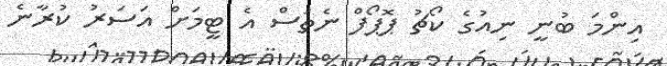
އިންމަ ބުނީ ނިއުގެ ކޯޗު ޕޮޕޯފް ނެތަސް އެ ޓީމަށް އަސަރު ކުރާނެ